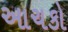
આચકો